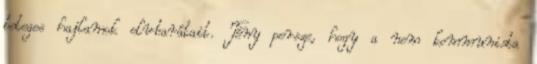
beteges hajlamok elvbarátait. Tény persze, hogy a nem kommunista